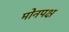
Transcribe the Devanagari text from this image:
मोनपक्ष